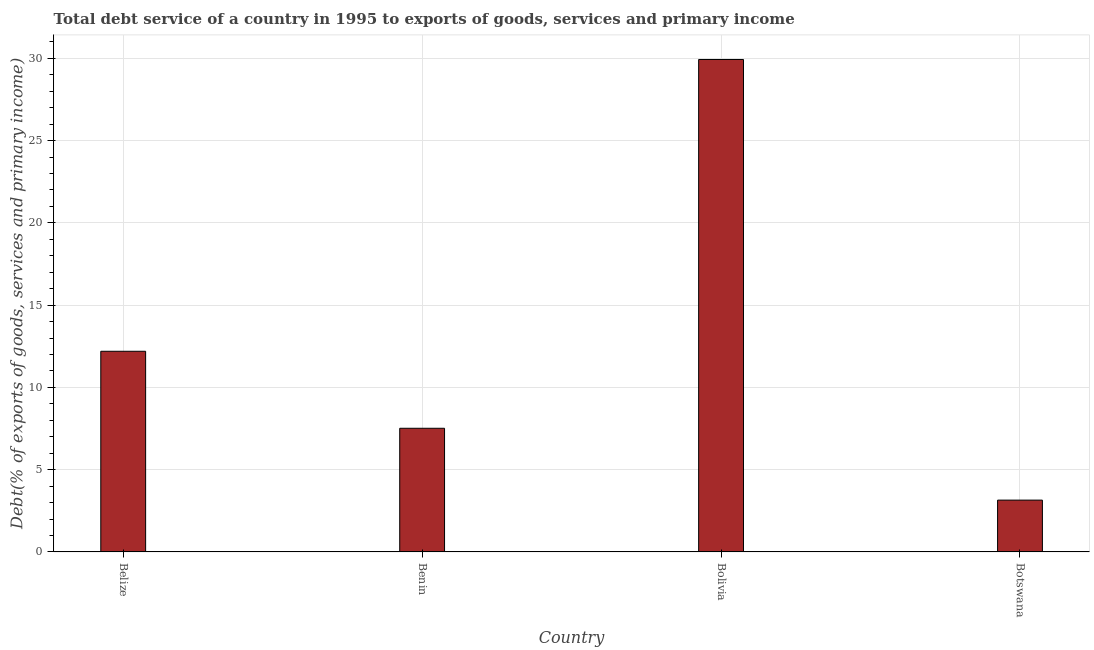
| Country | Total debt service |
 | --- | --- |
 | Belize | 12.2 |
 | Benin | 7.51 |
 | Bolivia | 29.9 |
 | Botswana | 3.15 |